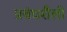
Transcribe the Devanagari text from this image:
प्रबंधशैली